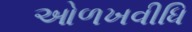
ઓળખવીધિ